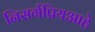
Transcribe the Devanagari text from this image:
निसर्गप्रियआहे